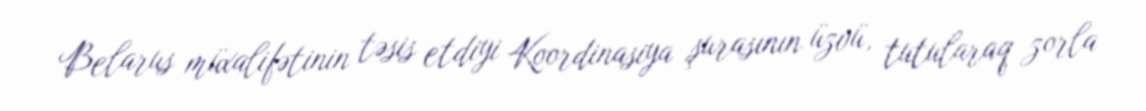
Belarus müxalifətinin təsis etdiyi Koordinasiya şurasının üzvü, tutularaq zorla